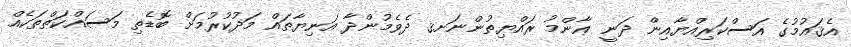
އެޤައުމުގެ އަސްކަރިއްޔާއިން ދަނީ ޢާންމު ރައްޔިތުންނަށޤ ދެވެމުންދާ އަނިޔާތައް މަދުކުރުމަށް ބޮޑެތި މަސައްކަތްތަކެއް